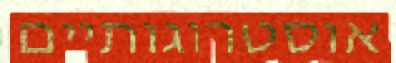
אוסטרוגותיים